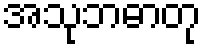
အသုဘဓာတု